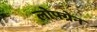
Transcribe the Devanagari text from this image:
लोफ्ग्रेन